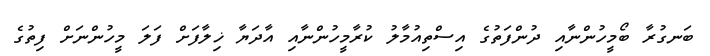
ބަނގުރާ ބޯމީހުންނާއި ދުންފަތުގެ އިސްތިއުމާލު ކުރާމީހުންނާއި އާދަޔާ ޚިލާފަށް ފަލަ މީހުންނަށް ފިތުގެ